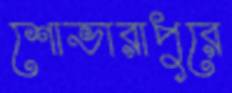
শোভারাপুরে